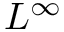
L ^ { \infty }